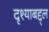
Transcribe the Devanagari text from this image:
दृश्याबद्द्ल